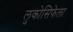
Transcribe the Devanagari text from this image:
लुकोसिफेला